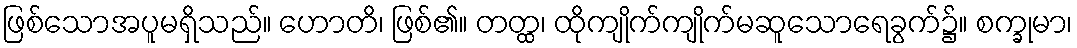
ဖြစ်သောအပူမရှိသည်။ ဟောတိ၊ ဖြစ်၏။ တတ္ထ၊ ထိုကျိုက်ကျိုက်မဆူသောရေခွက်၌။ စက္ခုမာ၊